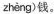
zhèng )钱。